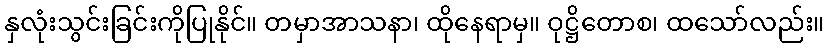
နှလုံးသွင်းခြင်းကိုပြုနိုင်။ တမှာအာသနာ၊ ထိုနေရာမှ။ ဝုဋ္ဌိတောစ၊ ထသော်လည်း။